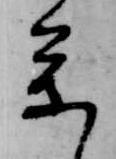
参